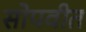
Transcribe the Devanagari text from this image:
सोपवीत